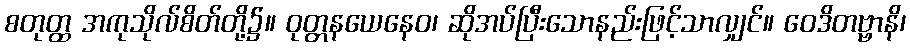
စတုတ္ထ အကုသိုလ်စိတ်တို့၌။ ဝုတ္တနယေနေဝ၊ ဆိုအပ်ပြီးသောနည်းဖြင့်သာလျှင်။ ဝေဒိတဗ္ဗာနိ၊